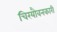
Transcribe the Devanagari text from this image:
चिरयौवनकारी